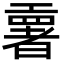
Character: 𫶳